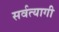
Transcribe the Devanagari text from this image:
सर्वत्यागी